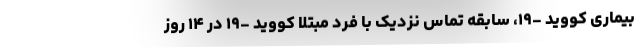
بیماری کووید -۱۹، سابقه تماس نزدیک با فرد مبتلا کووید -۱۹ در ۱۴ روز